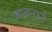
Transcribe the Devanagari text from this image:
डायनाने